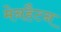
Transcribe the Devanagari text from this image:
मेनहैटन